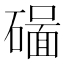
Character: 𥖊